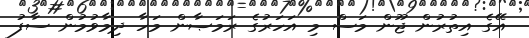
އޭގެ އިތުރުން ޖޫން މަސް މި އަހަރުގެ ރަމަޞާން މަހާ ދިމާވުމުން ސާފު